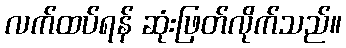
လက်ထပ်ရန် ဆုံးဖြတ်လိုက်သည်။